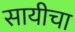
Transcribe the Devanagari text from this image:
सायीचा